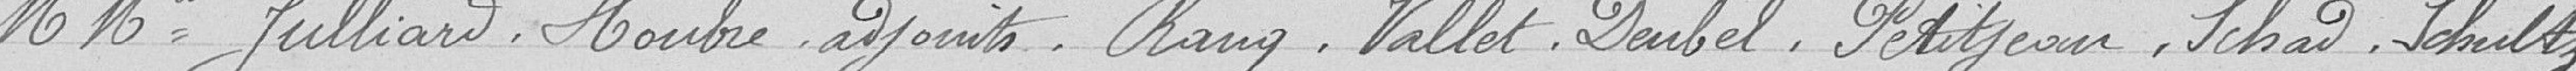
M.Mrs Julliard, Houbre, adjoints, Rang, Vallet, Deubel, Petitjean, Schad, Schultz,